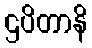
ဌပိတာနိ